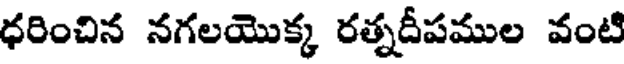
ధరించిన నగలయొక్క రత్నదీపముల వంటి